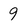
Character: 9